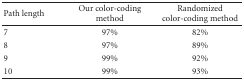
<table><thead><tr><td><b>Path length</b></td><td><b>Our color-coding method</b></td><td><b>Randomized color-coding method</b></td></tr></thead><tbody><tr><td>7</td><td>97%</td><td>82%</td></tr><tr><td>8</td><td>97%</td><td>89%</td></tr><tr><td>9</td><td>99%</td><td>92%</td></tr><tr><td>10</td><td>99%</td><td>93%</td></tr></tbody></table>